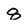
Character: 8